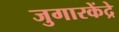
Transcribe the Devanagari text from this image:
जुगारकेंद्रे